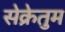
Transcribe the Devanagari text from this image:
सेक्रेतुम